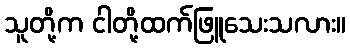
သူတို့က ငါတို့ထက်ဖြူသေးသလား။